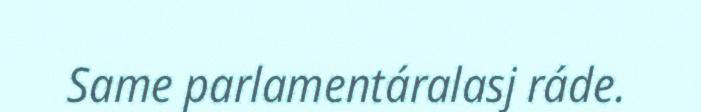
Same parlamentáralasj ráde.